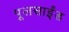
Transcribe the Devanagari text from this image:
पूलसाईंड